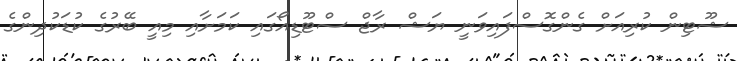
ޝޫޓިން ކުރިއަށް ގެންގޮސްފައިވަނީ ޔަޝް ރާޖް ސްޓޫޑިއޯގައި ކަމަށާއި މިއީ ބޭރުގެ ކުޑަކުދިންގެ